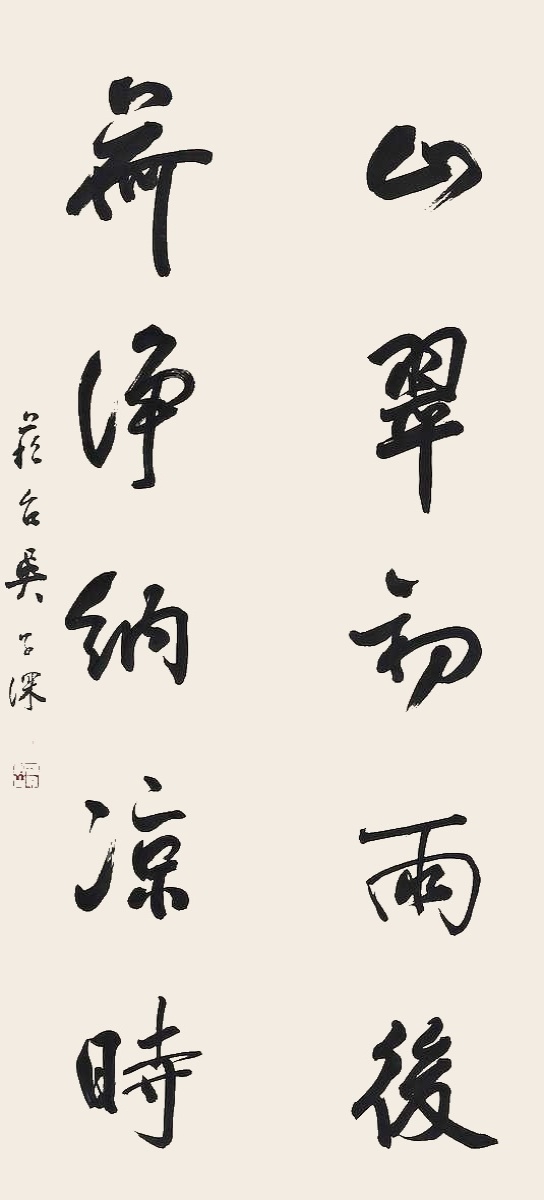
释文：山翠初雨后，荷净纳凉时。苏台吴子深。